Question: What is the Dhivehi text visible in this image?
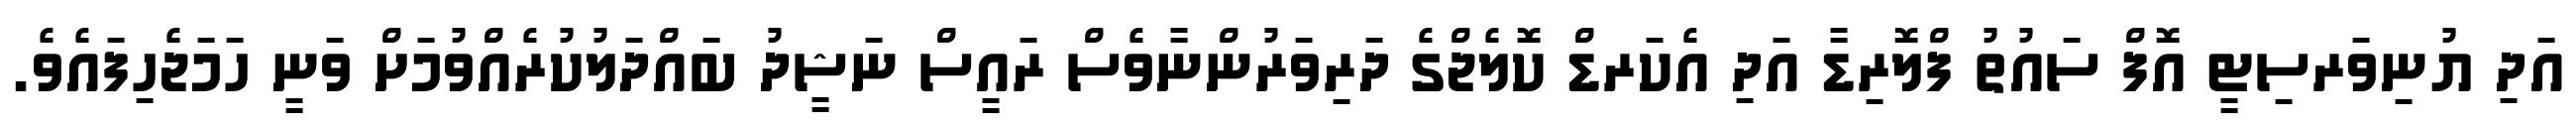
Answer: އަދި ޔުނިވަރސިޓީ އޮފް ސައުތު ފްލޮރިޑާ އަދި އެކަރޑް ކޮލެޖްގެ ދަރިވަރުންނާވެސް ރައީސް ނަޝީދު ބައްދަލުކުރެއްވުމަށް ވަނީ ހަމަޖެހިފައެވެ.